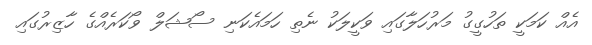
އެއް ކަމަކީ ތަހުގީގު މަރުހަލާގައި ވަކީލަކު ނެތި ހަމައެކަނި ސޯޝަލް ވޯކަރެއްގެ ހާޒިރުގައި